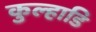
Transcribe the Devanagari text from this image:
कुल्हाडि